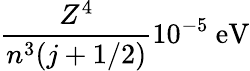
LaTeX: {\frac{Z^{4}}{n^{3}(j+1/2)}}10^{-5}{\mathrm{~eV}}